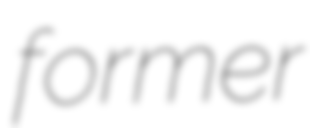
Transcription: former